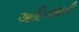
આદિનાથની